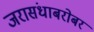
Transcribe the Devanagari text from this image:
जरासंधाबरोबर